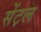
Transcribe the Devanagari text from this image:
सेंट़ल